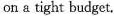
on a tight budget.